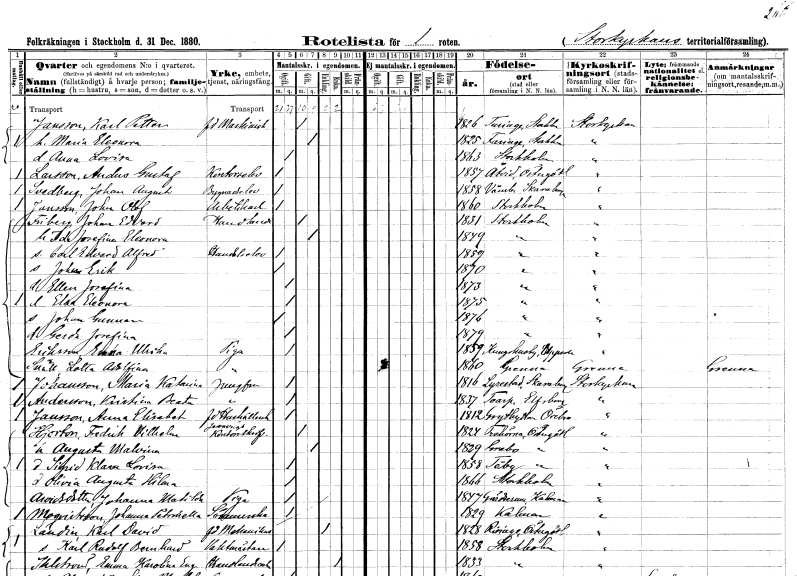
gt_parse: households: individuals: FN: Karl Petter
EN: Jansson
YRKE: Maskinist f.d.
KON: M
CIV: G
FODAR: 1826
FODFORS: Turinge Stockholms län
FN: Maria Eleonora
KON: K
CIV: G
FODAR: 1825
FODFORS: Faringe Uppsala län
FN: Anna Lovisa
KON: K
CIV: O
FODAR: 1863
FODFORS: Stockholm
FN: Anders Gustaf
EN: Larsson
YRKE: Kontorselev
KON: M
CIV: O
FODAR: 1857
FODFORS: Åtvid Östergötlands län
FN: Johan August
EN: Svedberg
YRKE: Byggnadselev
KON: M
CIV: O
FODAR: 1858
FODFORS: Våmb Skaraborgs län
FN: John Olof
EN: Jansson
YRKE: Arbetskarl
KON: M
CIV: O
FODAR: 1860
FODFORS: Stockholm
FN: Johan Edvard
EN: Friberg
YRKE: Handlande
KON: M
CIV: G
FODAR: 1831
FODFORS: Stockholm
FN: Ida Josefina Eleonora
KON: K
CIV: G
FODAR: 1849
FODFORS: Stockholm
FN: Carl Edvard Alfred
YRKE: Handelselev
KON: M
CIV: O
FODAR: 1859
FODFORS: Stockholm
FN: Johan Erik
KON: M
CIV: O
FODAR: 1870
FODFORS: Stockholm
FN: Ellen Josefina
KON: K
CIV: O
FODAR: 1873
FODFORS: Stockholm
FN: Elna Eleonora
KON: K
CIV: O
FODAR: 1875
FODFORS: Stockholm
FN: Johan Gunnar
KON: M
CIV: O
FODAR: 1876
FODFORS: Stockholm
FN: Gerda Josefina
KON: K
CIV: O
FODAR: 1879
FODFORS: Stockholm
FN: Emma Ulrika
EN: Eriksson
YRKE: Piga
KON: K
CIV: O
FODAR: 1859
FODFORS: Kungs-Husby Uppsala län
FN: Lotta Adolfina
EN: Snäll
YRKE: Piga
KON: K
CIV: O
FODAR: 1860
FODFORS: Gränna Jönköpings län
FN: Maria Katarina
EN: Johansson
YRKE: Jungfru
KON: K
CIV: O
FODAR: 1816
FODFORS: Lyrestad Skaraborgs län
FN: Kristina Beata
EN: Andersson
YRKE: Jungfru
KON: K
CIV: O
FODAR: 1837
FODFORS: Toarp Älvsborgs län
FN: Anna Elisabet
EN: Jansson
YRKE: Hushållerska
KON: K
CIV: O
FODAR: 1812
FODFORS: Grythyttan Örebro län
FN: Fredrik Vilhelm
EN: Hjorton
YRKE: Järnvägskontorsskrivare
KON: M
CIV: G
FODAR: 1824
FODFORS: Trehörna Östergötlands län
FN: Augusta Malvina
KON: K
CIV: G
FODAR: 1829
FODFORS: Grebo Östergötlands län
FN: Sigrid Klara Lovisa
KON: K
CIV: O
FODAR: 1858
FODFORS: Tåby Östergötlands län
FN: Olivia Augusta Hilma
KON: K
CIV: O
FODAR: 1866
FODFORS: Stockholm
FN: Johanna Matilda
EN: Arvidsdotter
YRKE: Piga
KON: K
CIV: O
FODAR: 1847
FODFORS: Gärdserum Östergötlands län
FN: Johanna Petronella
EN: Magniström
YRKE: Sömmerska
KON: K
CIV: O
FODAR: 1829
FODFORS: Kalmar Kalmar län